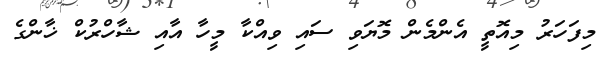
މިފަހަރު މިއޮތީ އެންމެން މޮޔަވި ސައި ވިއްކާ މީހާ އާއި ޝާހްރުކް ޚާންގެ